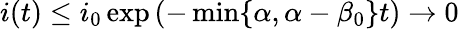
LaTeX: i(t)\le i_{0}\exp\left({-\operatorname*{min}\{ \alpha,\alpha-\beta_{0}\} t}\right)\to 0